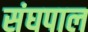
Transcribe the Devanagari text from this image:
संघपाल